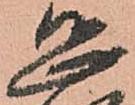
恐